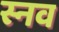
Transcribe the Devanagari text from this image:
स्नव